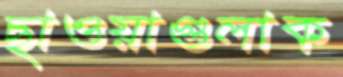
ছাওয়াগুলাক